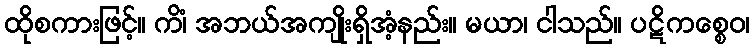
ထိုစကားဖြင့်။ ကိံ၊ အဘယ်အကျိုးရှိအံ့နည်း။ မယာ၊ ငါသည်။ ပဋိကစ္စေဝ၊